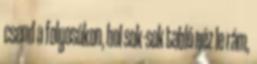
csend a folyosókon, hol sok-sok tabló néz le rám,